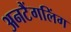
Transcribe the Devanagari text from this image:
अनटैंगलिंग